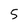
Character: 5